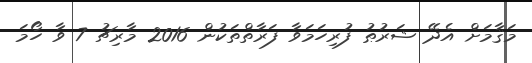
މަޤާމަށް އެދޭ ޝަރުޠު ފުރިހަމަވާ ފަރާތްތަކުން 2016 މާރިޗު 7 ވާ ހޯމަ